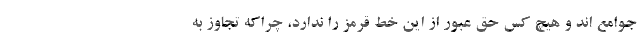
جوامع اند و هیچ کس حق عبور از این خط قرمز را ندارد، چراکه تجاوز به